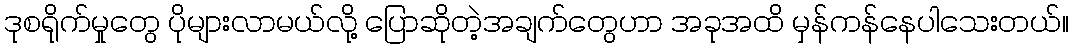
ဒုစရိုက်မှုတွေ ပိုများလာမယ်လို့ ပြောဆိုတဲ့အချက်တွေဟာ အခုအထိ မှန်ကန်နေပါသေးတယ်။